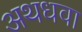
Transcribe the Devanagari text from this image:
अथधवा